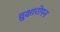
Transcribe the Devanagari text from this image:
व्रुक्षारोपन